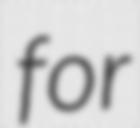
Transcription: for